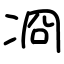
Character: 㓏